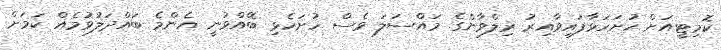
ކޮމިޓީއަށް ހުށަހަޅާފައިވާއިރު ރިލްވާންގެ މައްސަލަ ވެސް ހުށަހެޅި ބޭއްވުނީ އެންމެ ބައްދަލުވުމެއް ކަމަށް